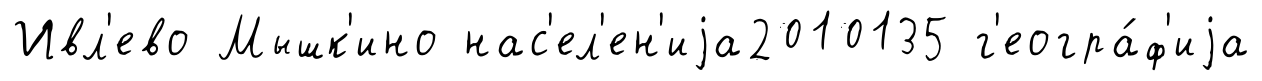
Ивл'ево Мышк'ино нас'ел'ен'иjа2010135 г'еогра́ф'иjа